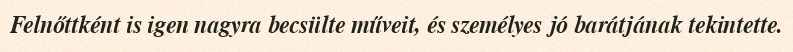
Felnőttként is igen nagyra becsülte műveit, és személyes jó barátjának tekintette.